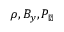
\rho , B _ { y } , P _ { \perp }